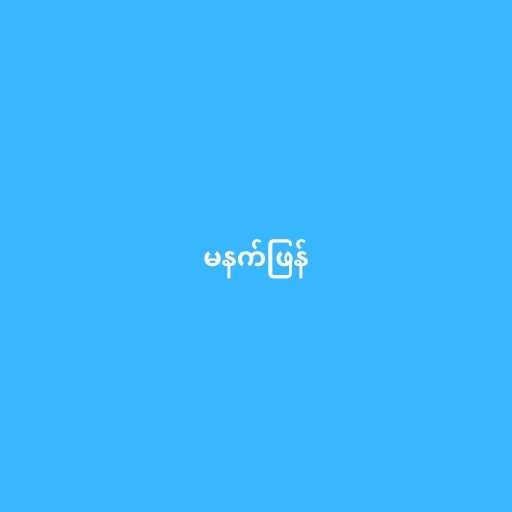
မနက်ဖြန်